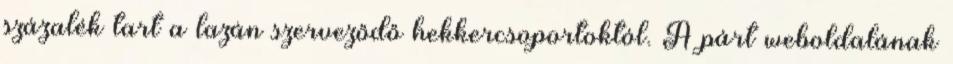
százalék tart a lazán szerveződő hekkercsoportoktól. A párt weboldalának